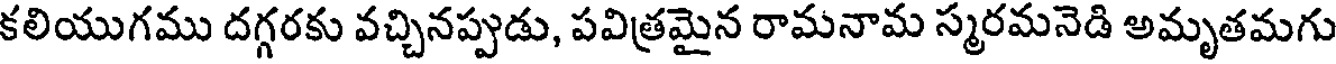
కలియుగము దగ్గరకు వచ్చినప్పుడు, పవిత్రమైన రామనామ స్మరమనెడి అమృతమగు